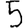
Digit: 5